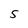
Character: 5